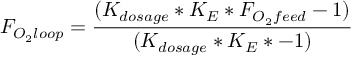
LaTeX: F _ { O _ { 2 } l o o p } = { \frac { ( K _ { d o s a g e } * K _ { E } * F _ { O _ { 2 } f e e d } - 1 ) } { ( K _ { d o s a g e } * K _ { E } * - 1 ) } }